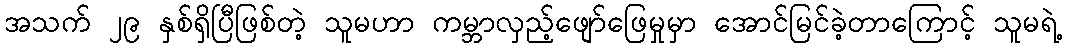
အသက် ၂၉ နှစ်ရှိပြီဖြစ်တဲ့ သူမဟာ ကမ္ဘာလှည့်ဖျော်ဖြေမှုမှာ အောင်မြင်ခဲ့တာကြောင့် သူမရဲ့